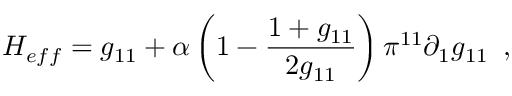
H _ { e f f } = g _ { 1 1 } + \alpha \left( 1 - \frac { 1 + g _ { 1 1 } } { 2 g _ { 1 1 } } \right) \pi ^ { 1 1 } \partial _ { 1 } g _ { 1 1 } \, \, \, ,